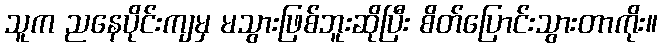
သူက ညနေပိုင်းကျမှ မသွားဖြစ်ဘူးဆိုပြီး စိတ်ပြောင်းသွားတာကိုး။